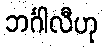
ဘင်္ဂါလီဟု